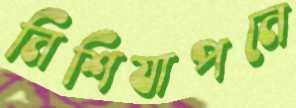
নিশিযাপনে